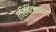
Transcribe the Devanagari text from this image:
त्रिपिटकाच्या